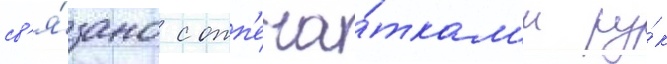
св'я́зано с отп'еча́ткам'и ру́к